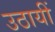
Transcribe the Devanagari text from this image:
उठायीं